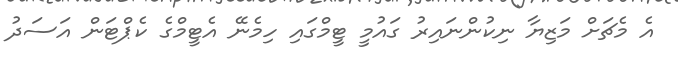
އެ މެޗަށް މަޒިޔާ ނިކުންނައިރު ގައުމީ ޓީމްގައި ހިމެނޭ އެޓީމްގެ ކެޕްޓަން އަސަދު